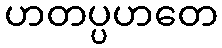
ဟတပ္ပဟတေ